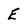
Character: E